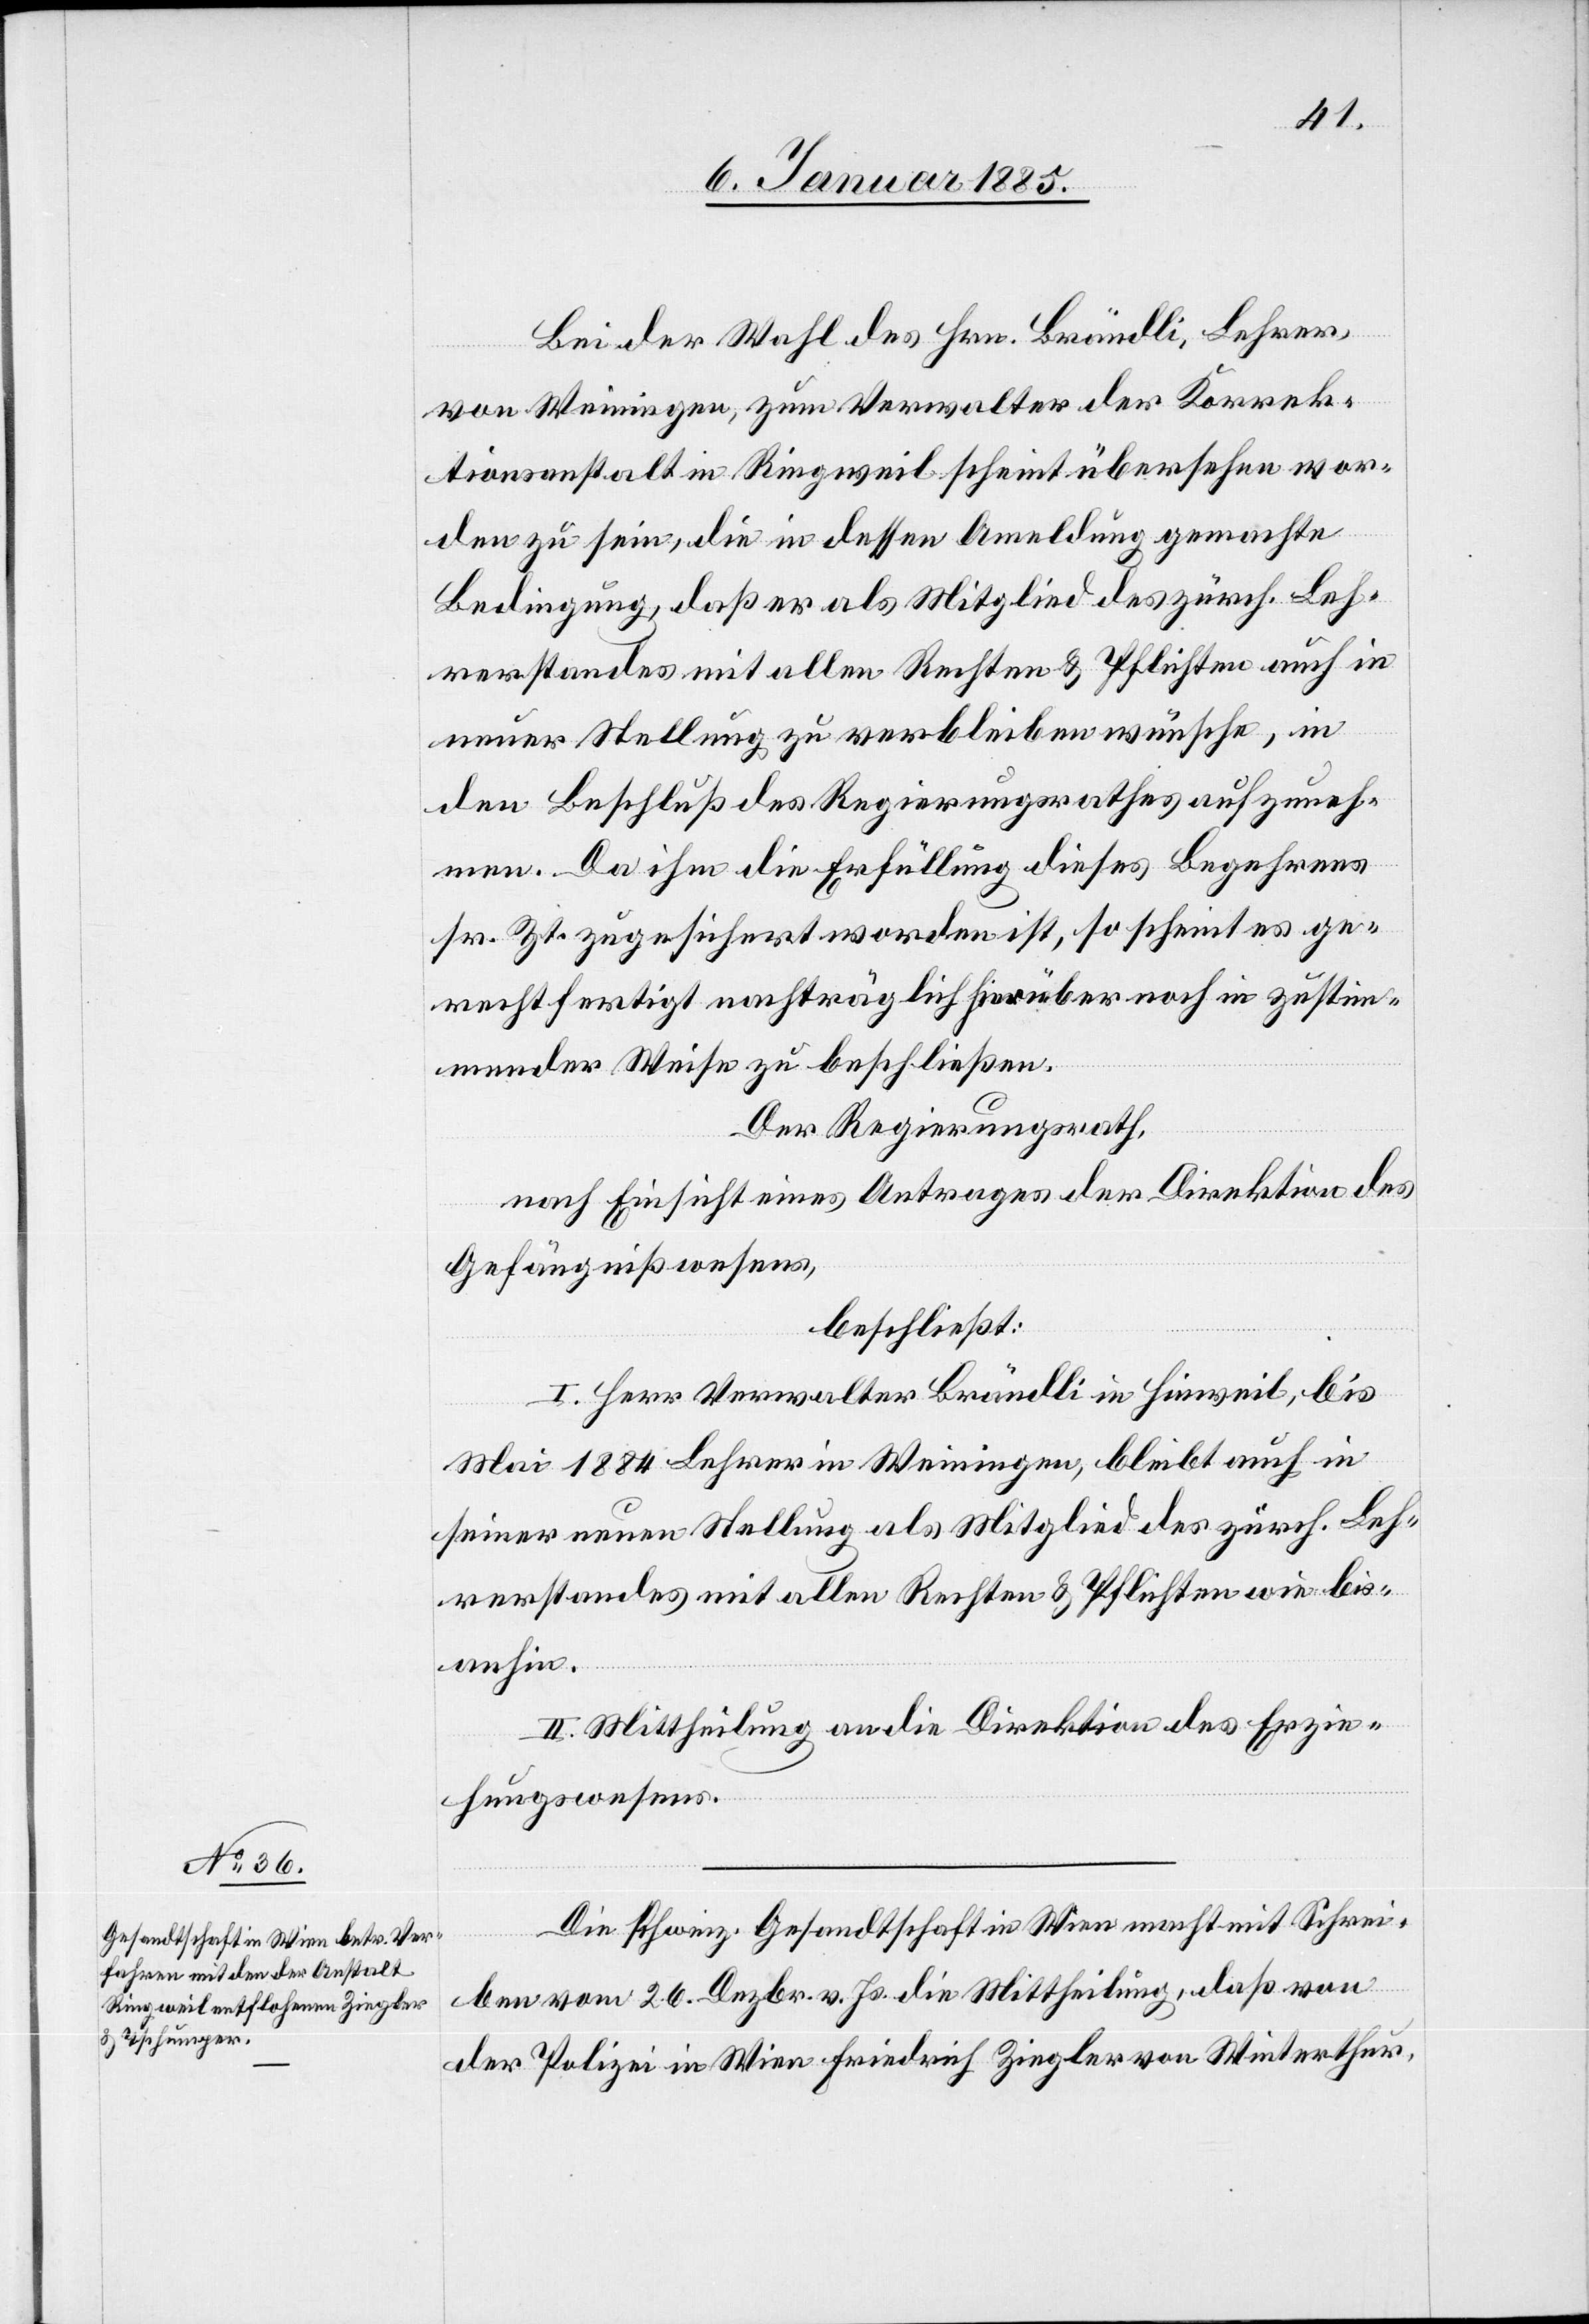
Bei der Wahl des Hrn. Brändli, Lehrer,
von Weiningen, zum Verwalter der Korrek¬
tionsanstalt in Ringweil scheint übersehen wor¬
den zu sein, die in dessen A[n]meldung gemachte
Bedingung, daß er als Mitglied des zürch. Leh¬
rerstandes mit allen Rechten & Pflichten auch in
neuer Stellung zu verbleiben wünsche, in
den Beschluß des Regierungsrathes aufzuneh¬
men. Da ihm die Erfüllung dieses Begehrens
sr. Zt. zugesichert worden ist, so scheint es ge¬
rechtfertigt nachträglich hierüber noch in zustim¬
mender Weise zu beschließen.
Der Regierungsrath,
nach Einsicht eines Antrages der Direktion des
Gefängnißwesens,
I. Herr Verwalter Brändli in Hinweil, bis
Mai 1884 Lehrer in Weiningen, bleibt auch in
seiner neuen Stellung als Mitglied des zürch. Leh¬
rerstandes mit allen Rechten & Pflichten wie bis
anhin.
II. Mittheilung an die Direktion des Erzie¬
hungswesens.
Die schweiz. Gesandtschaft in Wien macht mit Schrei¬
ben vom 26. Dezbr. v. Js. die Mittheilung, daß von
der Polizei in Wien Friedrich Ziegler von Winterthur,